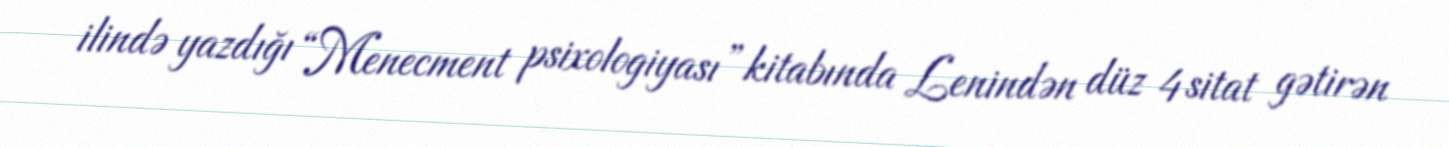
ilində yazdığı “Menecment psixologiyası” kitabında Lenindən düz 4 sitat gətirən